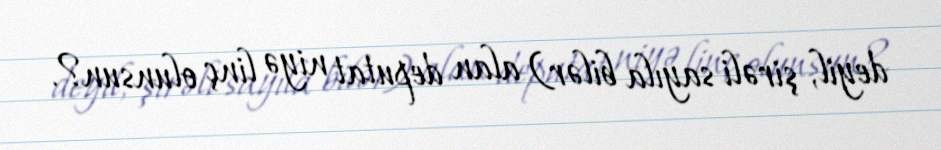
deyil, şirəli sayıla bilər) alan deputat niyə linç olunsun?.